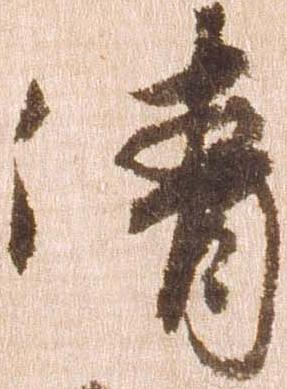
清